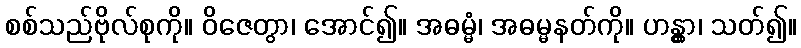
စစ်သည်ဗိုလ်စုကို။ ဝိဇေတွာ၊ အောင်၍။ အဓမ္မံ၊ အဓမ္မနတ်ကို။ ဟန္တွာ၊ သတ်၍။